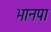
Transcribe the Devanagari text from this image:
भानपा